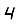
Digit: 4